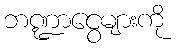
ဘဏ္ဍာငွေများကို